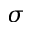
\sigma